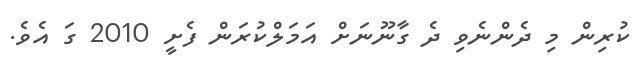
ކުރިން މި ދެންނެވި ދެ ގާނޫނަށް އަމަލްކުރަން ފެށީ 2010 ގަ އެވެ.